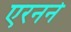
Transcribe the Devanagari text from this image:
एरनने